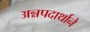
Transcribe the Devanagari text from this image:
अन्नपदार्थाने